Scottish Leaving Certificate Examination, 1953
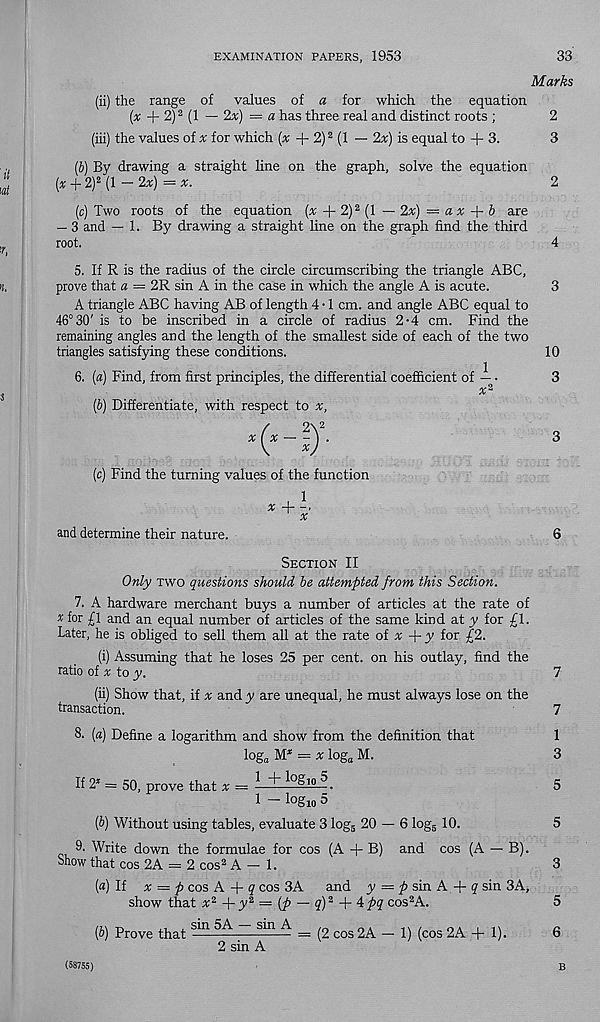
EXAMINATION PAPERS, 1953
33
Marks
it
tat
' ■ r,
u.
(ii) the range of values of a for which the equation
(x + 2) 2 (1 — 2x) = a has three real and distinct roots ;
2
(iii) the values of x for which (# + 2) 2 (1 — 2*) is equal to + 3.
3
(b) By drawing a straight line on the graph, solve the equation
(x + 2) 2 (1 - 2x) =x.
2
(c) Two roots of the equation (# + 2) 2 (1 — 2x) = ax -j- b are
— 3 and — 1. By drawing a straight line on the graph find the third
root.
4
5. If R is the radius of the circle circumscribing the triangle ABC,
prove that a = 2R sin A in the case in which the angle A is acute.
A triangle ABC having AB of length 4 • 1 cm. and angle ABC equal to
46° 30' is to be inscribed in a circle of radius 2-4 cm. Find the
remaining angles and the length of the smallest side of each of the two
triangles satisfying these conditions.
6. (a) Find, from first principles, the differential coefficient of — •
% 2
(b) Differentiate, with respect to x,
(c) Find the turning values of the function
and determine their nature.
*4
3
10
3
3
6
Section II
Only two questions should be attempted from this Section.
7. A hardware merchant buys a number of articles at the rate of
* for £1 and an equal number of articles of the same kind at y for £1.
Later, he is obliged to sell them all at the rate oi x + y for £2.
(i) Assuming that he loses 25 per cent, on his outlay, find the
ratio of % to y.
(ii) Show that, if % and y are unequal, he must always lose on the
transaction.
8. (a) Define a logarithm and show from the definition that
log a M* = * log a M.
If 2* = 50, prove that x — ^
^Q?l 0 —.
1 — lo gio 5
(J) Without using tables, evaluate 3 log 5 20 — 6 log 5 10.
Write down the formulae for cos (A + B) and cos (A — B).
Show that cos 2A = 2 cos 2 A — 1.
{a) If x — pcos A + q cos 3A and y = £> sin A + ? sin 3A,
show that x 2 -\-y 2 = (p ~ q) 2 + Apq cos 2 A.
[b) Prove that sin 5A — sin A = (2 cos2A — 1) (cos 2A + 1).
7
7
1
3
5
5
3
5
6
(58755)
2 sin A
B